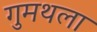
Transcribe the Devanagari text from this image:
गुमथला